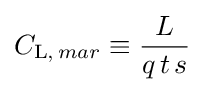
C_{\mathrm {L} ,\,mar}\equiv {\frac {L}{q\,t\,s}}